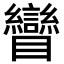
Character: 矕